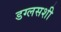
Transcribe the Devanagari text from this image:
डग्लसशी